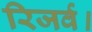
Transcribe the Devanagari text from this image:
रिजर्व।